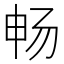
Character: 畅